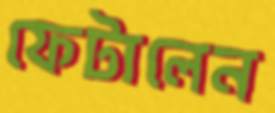
ফেটালেন